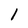
Character: l